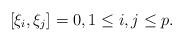
LaTeX: \begin{align*} [\xi_i, \xi_j] & = 0,1\le i,j\le p .\end{align*}